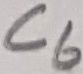
Text: C6